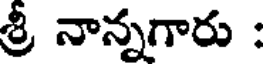
శ్రీ నాన్నగారు :